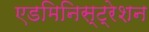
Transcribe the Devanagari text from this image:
एडमिनिस्ट्रेशन